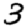
Digit: 3